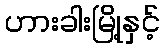
ဟားခါးမြို့နှင့်